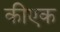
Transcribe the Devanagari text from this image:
कीएक